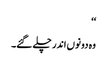
‘‘
وہ دونوں اندر چلے گئے۔